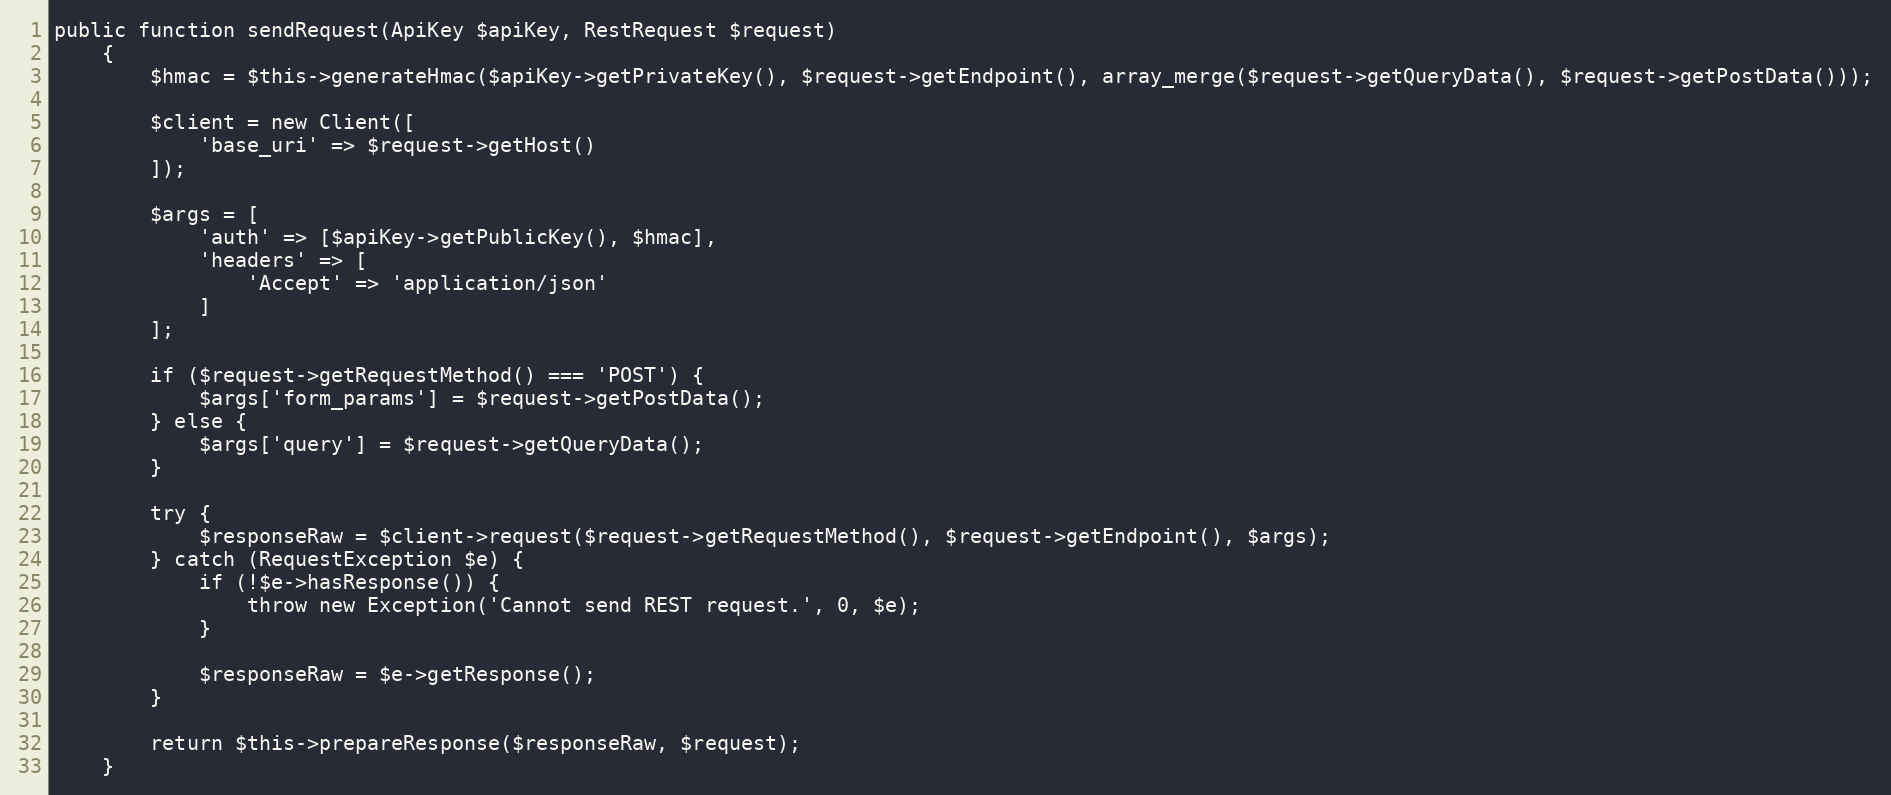
Language: PHP
public function sendRequest(ApiKey $apiKey, RestRequest $request)
    {
        $hmac = $this->generateHmac($apiKey->getPrivateKey(), $request->getEndpoint(), array_merge($request->getQueryData(), $request->getPostData()));

        $client = new Client([
            'base_uri' => $request->getHost()
        ]);

        $args = [
            'auth' => [$apiKey->getPublicKey(), $hmac],
            'headers' => [
                'Accept' => 'application/json'
            ]
        ];

        if ($request->getRequestMethod() === 'POST') {
            $args['form_params'] = $request->getPostData();
        } else {
            $args['query'] = $request->getQueryData();
        }

        try {
            $responseRaw = $client->request($request->getRequestMethod(), $request->getEndpoint(), $args);
        } catch (RequestException $e) {
            if (!$e->hasResponse()) {
                throw new Exception('Cannot send REST request.', 0, $e);
            }

            $responseRaw = $e->getResponse();
        }

        return $this->prepareResponse($responseRaw, $request);
    }